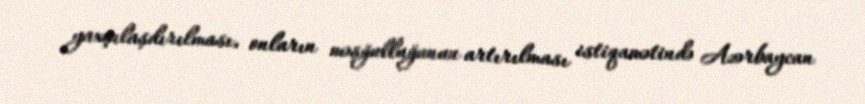
yaxşılaşdırılması, onların məşğulluğunun artırılması istiqamətində Azərbaycan